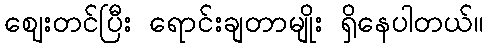
ဈေးတင်ပြီး ရောင်းချတာမျိုး ရှိနေပါတယ်။